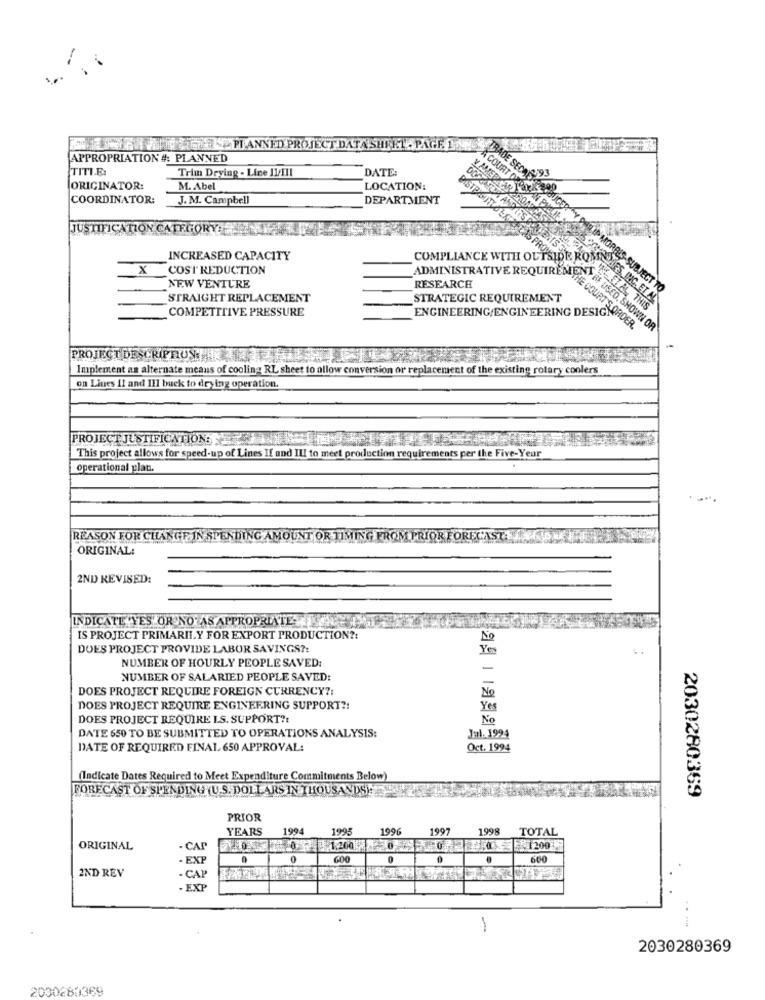
EGYPLANNED PROJECT DATA SHEET- PAGE 12.
APPROPRIATION #: PLANNED
TITI.E.
Trim Drying - Line II/III
DATE:
TRADE SECORN93
ORIGINATOR:
M. Abel
LOCATION:
COORDINATOR:
J. M. Campbell
DEPARTMENT
A COURT ORDER
JUSTIFICATION CATEGORY:
INCREASED CAPACITY
X
COST REDUCTION
ADMINISTRATIVE REQUIREMENT
RESEARCH
NEW VENTURE
COMPLIANCE WITH OUTSIDERSCASAOM
ARLID MORRIS-SUBJECT TO
STRAIGHT REPLACEMENT
STRATEGIC REQUIREMENT
COMPETITIVE PRESSURE
ENGINEERING/ENGINEERING DESIG
IE COURT'S.ORDER.
XYRE USED, SHOWN OR
PROJECT DESCRIPTIONTHR
Implement an alternate means of cooling RL sheet to allow conversion or replacement of the existing rotary coolers
on Lines II and III buck to drying operation
PROJECT JUSTIFIONTION:
This project allows for speed-up of Lines If and ILI to meet production requirements per the Five-Yeur
operational plan.
REASON FOR CHANGE IN SPENDING AMOUNT OR T
RECA
ORIGINAL:
2ND REVISED:
INDICATE YES OR NO AS APPROPRIATE.
IS PROJECT PRIMARILY FOR EXPORT PRODUCTION ?:
DOES PROJECT PROVIDE LABOR SAVINGS ?:
NUMBER OF HOURLY PEOPLE SAVED:
-
NUMBER OF SALARIED PEOPLE SAVED:
-
DOES PROJECT REQUIRE FOREIGN CURRENCY ?:
No
DOES PROJECT REQUIRE ENGINEERING SUPPORT ?!
Yes
DOES PROJECT REQUIRE I.S. SUPPORT ?:
No
Jul. 1994
DATE 650 TO BE SUBMITTED TO OPERATIONS ANALYSIS:
DATE OF REQUIRED FINAL. 650 APPROVAL:
Oct. 1994
(Indicate Dates Required to Meet Expenditure Commitments Below
FORECAST OF SPENDING YU.S. DOLLARS IN THOUSANDSE
2030280369
PRIOR
YEARS
1994
1995
1996
1997
1998
TOTAL
ORIGINAL
- CAP
1200
- EXP
0
600
2ND REV
- CAP
- EXP
...
2030280369
2030280389